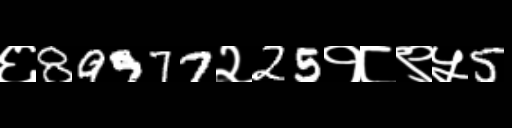
Text: ६89977२25१८९५5